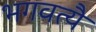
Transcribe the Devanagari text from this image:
भगवत्यै